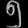
Digit: ၅